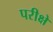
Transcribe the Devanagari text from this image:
परीक्षे